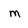
Character: m